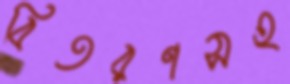
বিতরণসহ